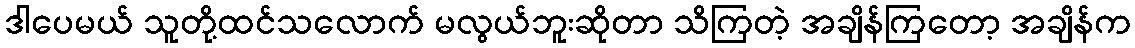
ဒါပေမယ် သူတို့ထင်သလောက် မလွယ်ဘူးဆိုတာ သိကြတဲ့ အချိန်ကြတော့ အချိန်က